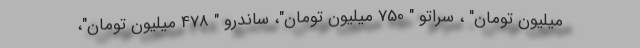
میلیون تومان" ، سراتو " 750 میلیون تومان"، ساندرو " 478 میلیون تومان"،